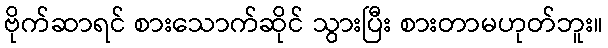
ဗိုက်ဆာရင် စားသောက်ဆိုင် သွားပြီး စားတာမဟုတ်ဘူး။